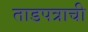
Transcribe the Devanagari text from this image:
ताडपत्राची